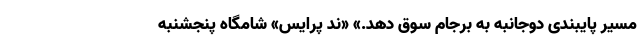
مسیر پایبندی دوجانبه به برجام سوق دهد.» «ند پرایس» شامگاه پنجشنبه